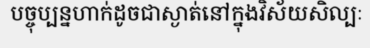
បច្ចុប្បន្នហាក់ដូចជាស្ងាត់នៅក្នុងវិស័យសិល្បៈ